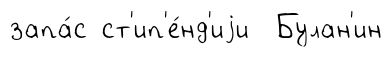
запа́с ст'ип'е́нд'иjи Булан'ин